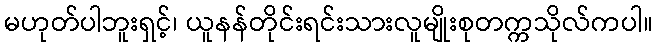
မဟုတ်ပါဘူးရှင့်၊ ယူနန်တိုင်းရင်းသားလူမျိုးစုတက္ကသိုလ်ကပါ။